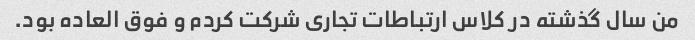
من سال گذشته در کلاس ارتباطات تجاری شرکت کردم و فوق العاده بود.